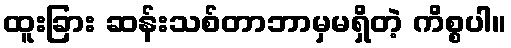
ထူးခြား ဆန်းသစ်တာဘာမှမရှိတဲ့ ကိစ္စပါ။